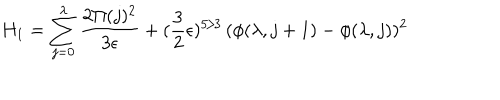
LaTeX: H _ { 1 } = \sum _ { j = 0 } ^ { \lambda } { \frac { 2 \Pi ( j ) ^ { 2 } } { 3 \epsilon } } + ( { \frac { 3 } { 2 } } \epsilon ) ^ { 5 / 3 } \, ( \phi ( \lambda , j + 1 ) - \phi ( \lambda , j ) ) ^ { 2 }